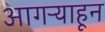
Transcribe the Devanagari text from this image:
आगऱ्याहून